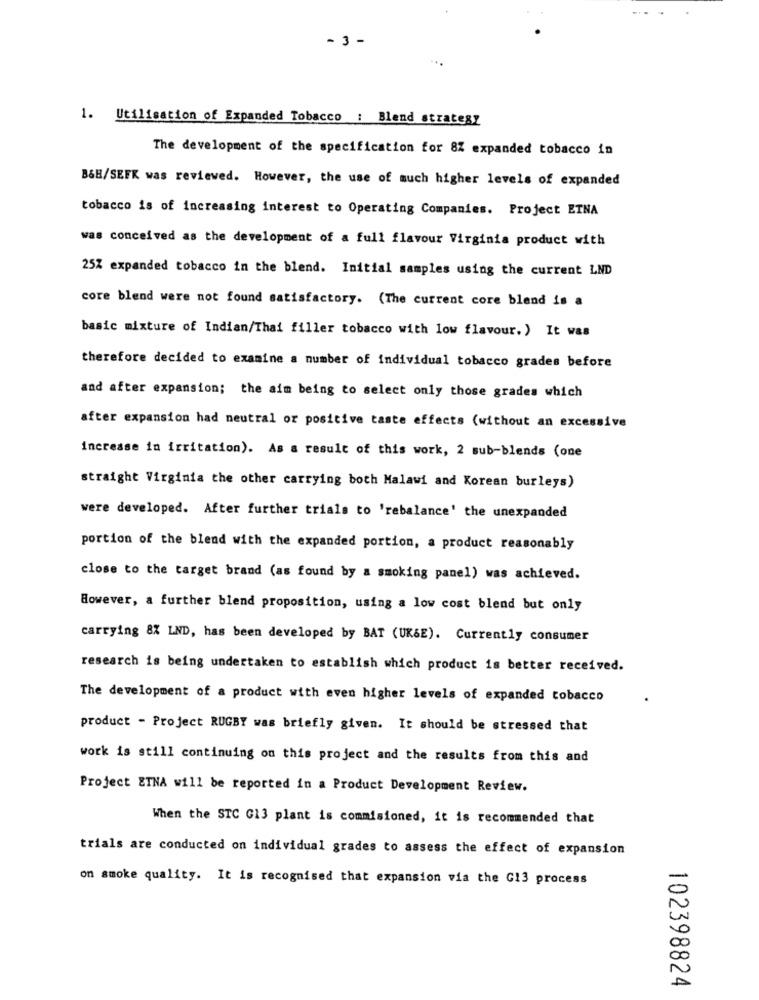
- 3 -
1. Utilisation of Expanded Tobacco : Blend strategy
The development of the specification for 8% expanded tobacco in
B&H/SEFK was reviewed. However, the use of much higher levels of expanded
tobacco is of increasing interest to Operating Companies. Project ETNA
was conceived as the development of a full flavour Virginia product with
25% expanded tobacco in the blend. Initial samples using the current LND
core blend were not found satisfactory. (The current core blend is a
basic mixture of Indian/Thai filler tobacco with low flavour. ) It was
therefore decided to examine a number of individual tobacco grades before
and after expansion; the aim being to select only those grades which
after expansion had neutral or positive taste effects (without an excessive
increase in irritation). As a result of this work, 2 sub-blends (one
straight Virginia the other carrying both Malawi and Korean burleys)
were developed. After further trials to 'rebalance' the unexpanded
portion of the blend with the expanded portion, a product reasonably
close to the target brand (as found by a smoking panel) was achieved.
However, a further blend proposition, using a low cost blend but only
carrying 8X LND, has been developed by BAT (UK&E). Currently consumer
research is being undertaken to establish which product is better received.
The development of a product with even higher levels of expanded tobacco
product - Project RUGBY was briefly given. It should be stressed that
work is still continuing on this project and the results from this and
Project ETNA will be reported in a Product Development Review.
When the STC G13 plant is commisioned, it is recommended that
trials are conducted on individual grades to assess the effect of expansion
on smoke quality. It is recognised that expansion via the G13 process
102398824